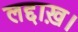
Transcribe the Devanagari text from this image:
लद्दाख़।